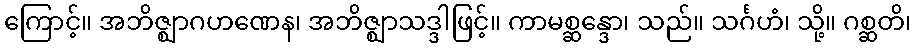
ကြောင့်။ အဘိဇ္ဈာဂဟဏေန၊ အဘိဇ္ဈာသဒ္ဒါဖြင့်။ ကာမစ္ဆန္ဒော၊ သည်။ သင်္ဂဟံ၊ သို့။ ဂစ္ဆတိ၊